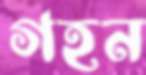
গহন